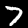
Label: 7